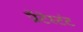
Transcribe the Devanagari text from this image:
प्रॉटेस्टंट